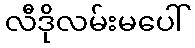
လီဒိုလမ်းမပေါ်